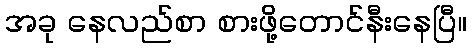
အခု နေလည်စာ စားဖို့တောင်နီးနေပြီ။